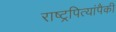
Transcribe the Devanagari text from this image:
राष्ट्रपित्यांपैकी